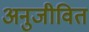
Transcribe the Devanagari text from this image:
अनुजीवित